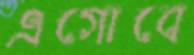
এগোবে